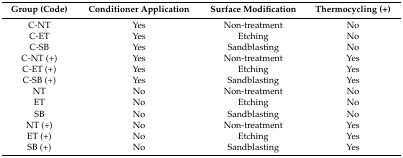
| Group (Code) | Conditioner Application | Surface Modification | Thermocycling (+) |
 | --- | --- | --- | --- |
 | C-NT | Yes | Non-treatment | No |
 | C-ET | Yes | Etching | No |
 | C-SB | Yes | Sandblasting | No |
 | C-NT (+) | Yes | Non-treatment | Yes |
 | C-ET (+) | Yes | Etching | Yes |
 | C-SB (+) | Yes | Sandblasting | Yes |
 | NT | No | Non-treatment | No |
 | ET | No | Etching | No |
 | SB | No | Sandblasting | No |
 | NT (+) | No | Non-treatment | Yes |
 | ET (+) | No | Etching | Yes |
 | SB (+) | No | Sandblasting | Yes |